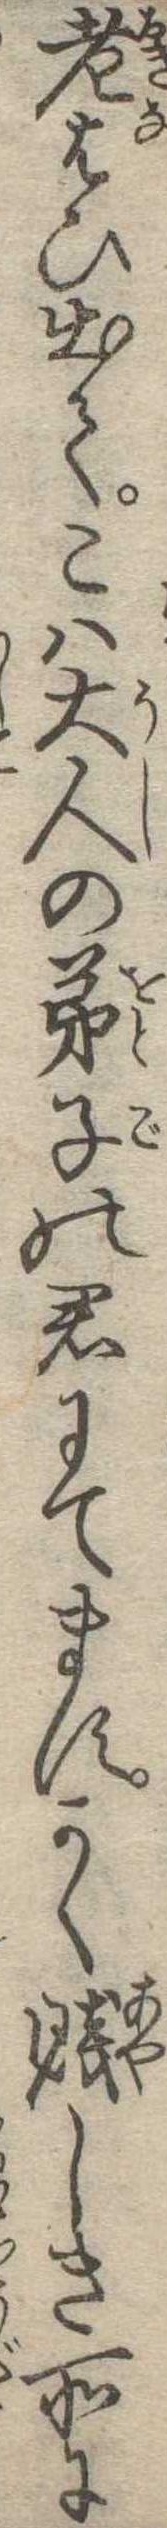
老はひ出てこは大人の弟子の君にてますかく賎しき所に